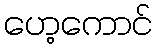
ဟေ့ကောင်